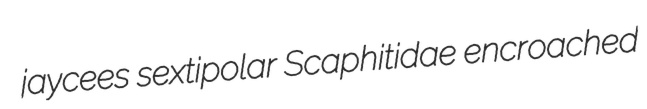
jaycees sextipolar Scaphitidae encroached